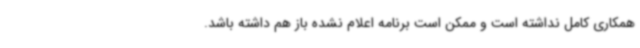
همکاری کامل نداشته است و ممکن است برنامه اعلام نشده باز هم داشته باشد.